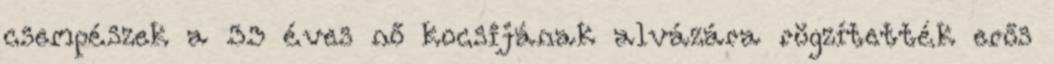
csempészek a 33 éves nő kocsijának alvázára rögzítették erős